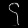
Digit: ၄